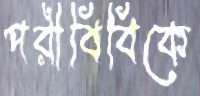
পরীবিবিকে